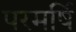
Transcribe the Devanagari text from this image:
परमर्षि